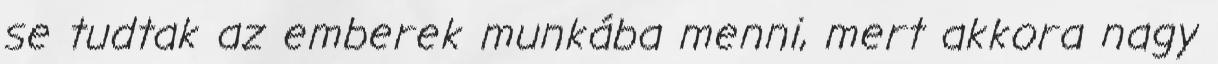
se tudtak az emberek munkába menni, mert akkora nagy